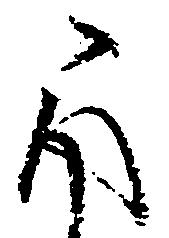
取